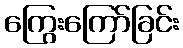
ကြွေးကြော်ခြင်း